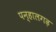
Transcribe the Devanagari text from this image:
पन्हालगढ़